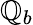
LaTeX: \mathbb{Q}_{b}